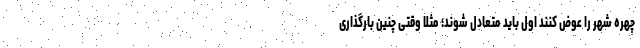
چهره شهر را عوض کنند اول باید متعادل شوند؛ مثلا وقتی چنین بارگذاری